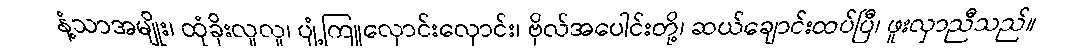
နံ့သာအမျိုး၊ ထုံခိုးလူလူ၊ ပျံ့ကြူလှောင်းလှောင်း၊ ဗိုလ်အပေါင်းတို့၊ ဆယ်ချောင်းထပ်ပြီ၊ ဖူးလှာညီသည်။